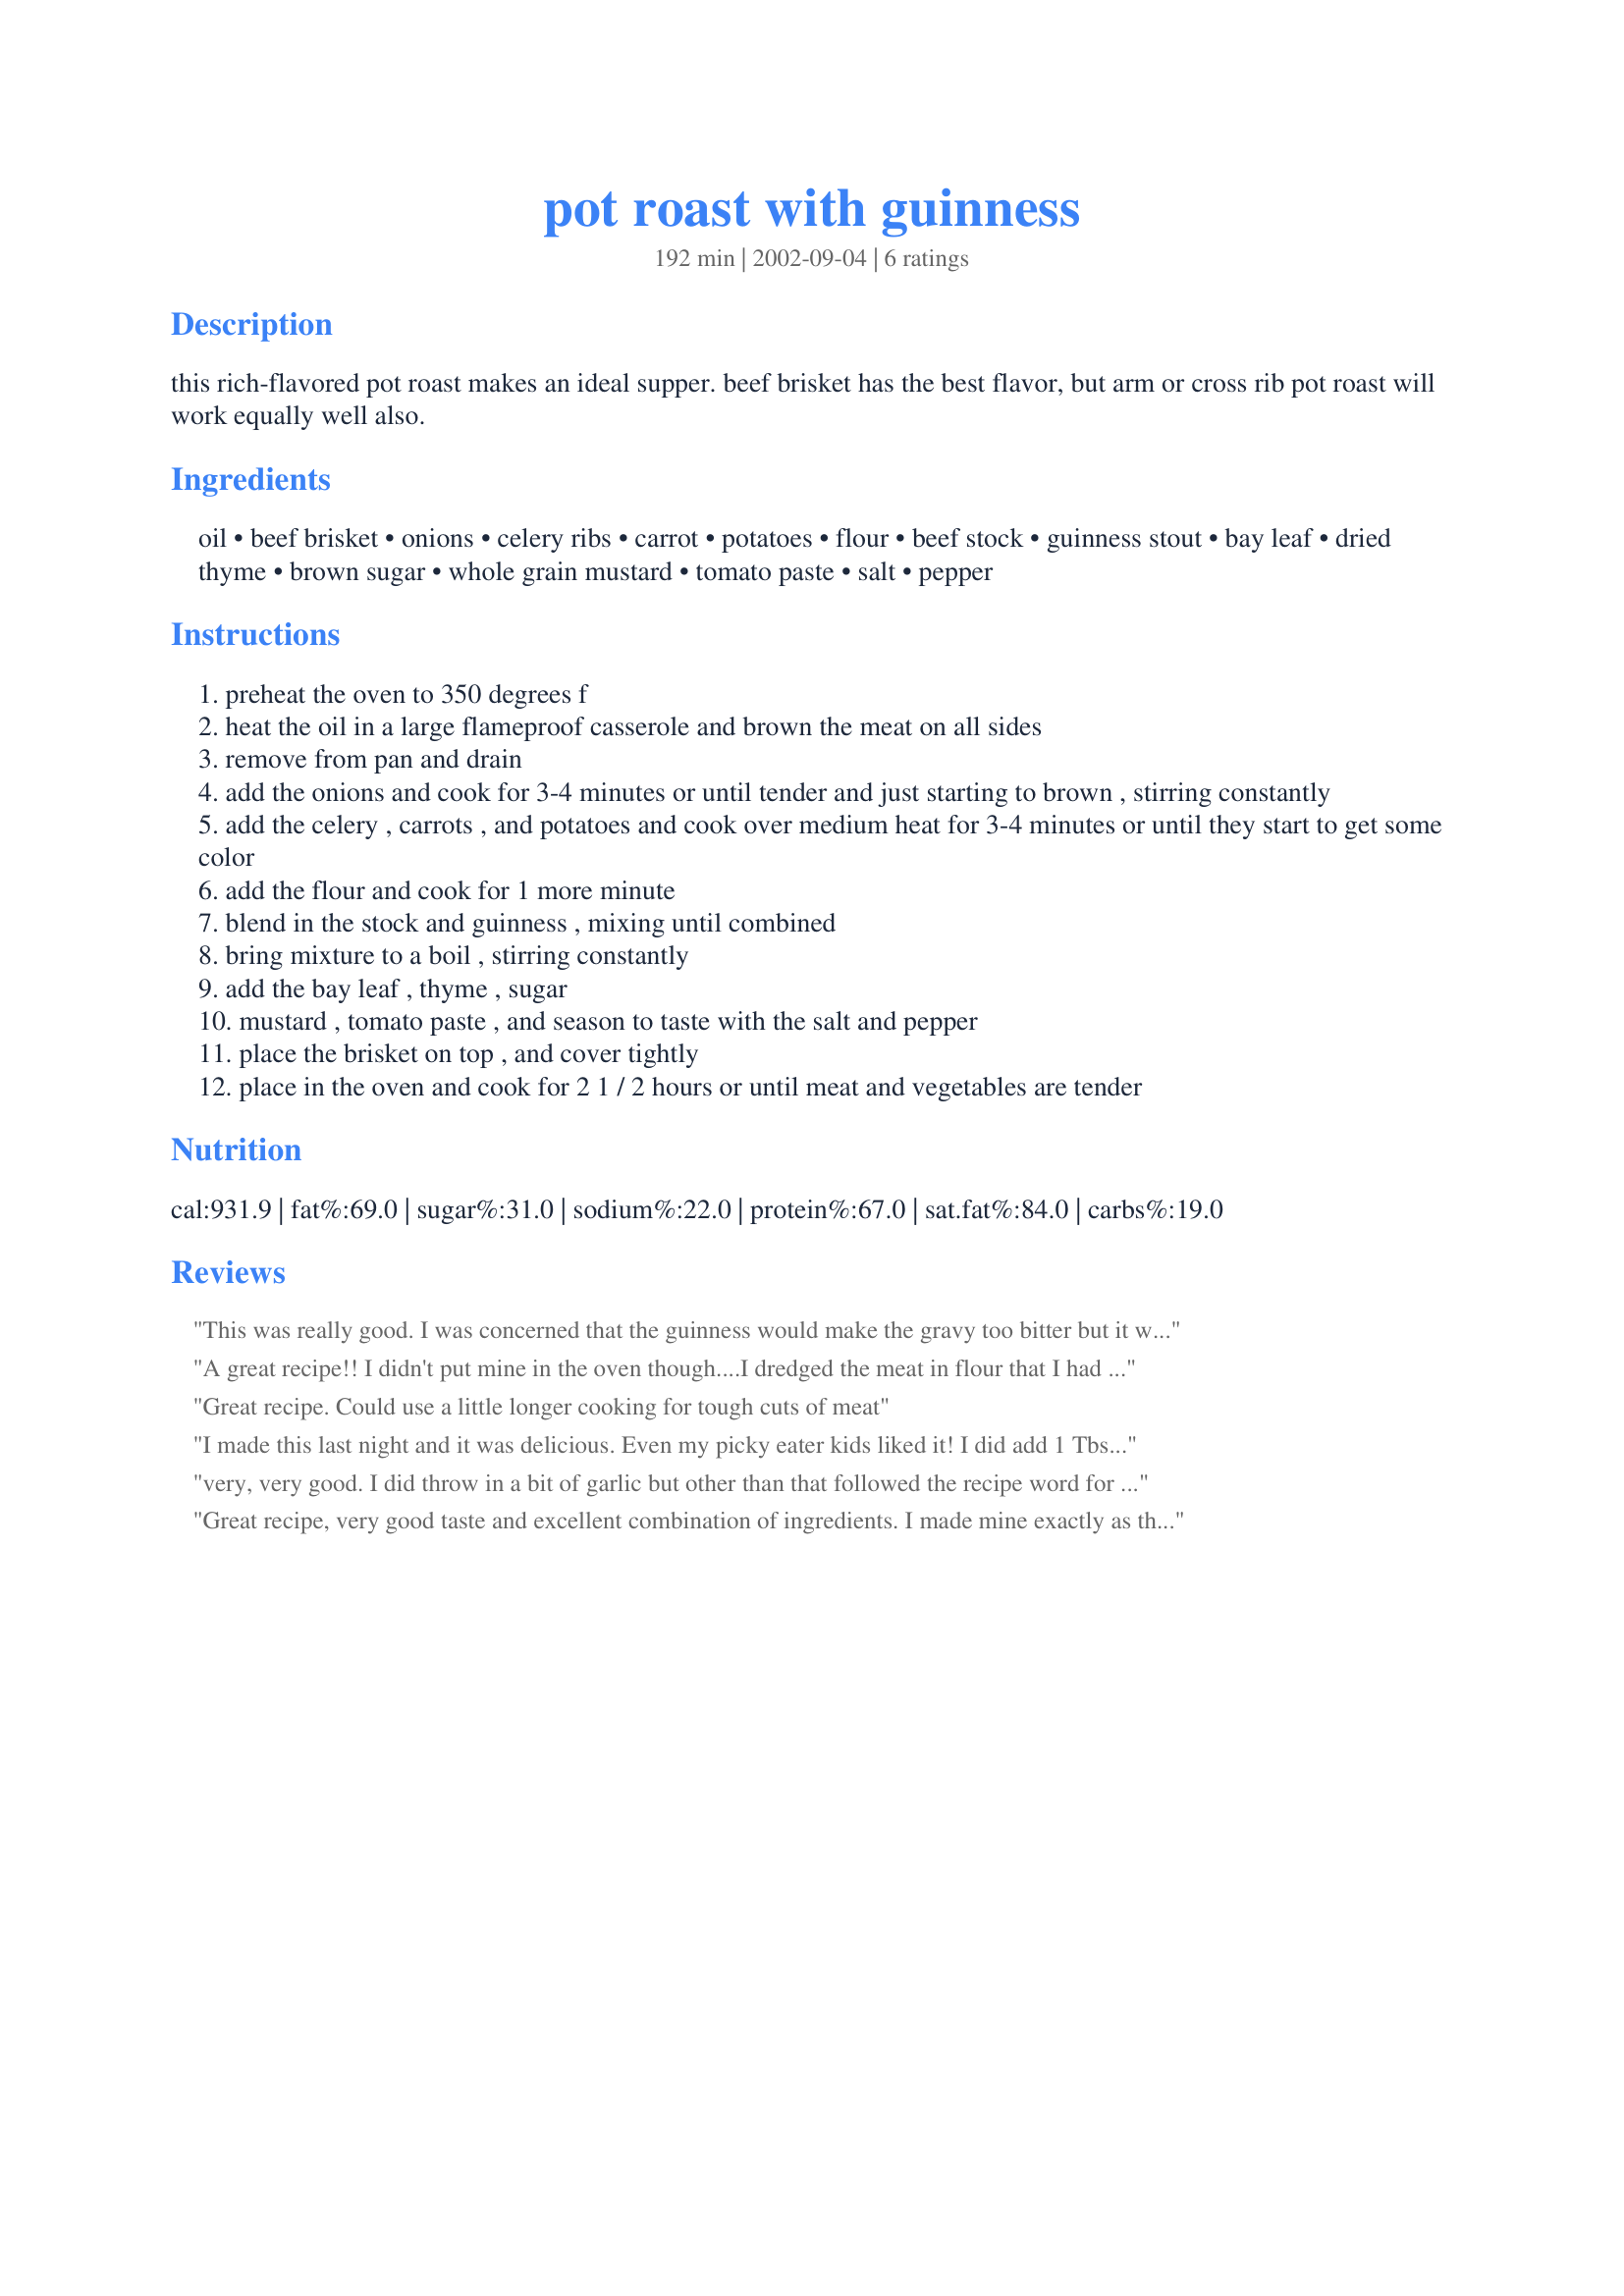
pot roast with guinness
Preparation time: 192 minutes

this rich-flavored pot roast makes an ideal supper. beef brisket has the best flavor, but arm or cross rib pot roast will work equally well also.

Ingredients:
oil, beef brisket, onions, celery ribs, carrot, potatoes, flour, beef stock, guinness stout, bay leaf, dried thyme, brown sugar, whole grain mustard, tomato paste, salt, pepper

Steps:
preheat the oven to 350 degrees f
heat the oil in a large flameproof casserole and brown the meat on all sides
remove from pan and drain
add the onions and cook for 3-4 minutes or until tender and just starting to brown , stirring constantly
add the celery , carrots , and potatoes and cook over medium heat for 3-4 minutes or until they start to get some color
add the flour and cook for 1 more minute
blend in the stock and guinness , mixing until combined
bring mixture to a boil , stirring constantly
add the bay leaf , thyme , sugar
mustard , tomato paste , and season to taste with the salt and pepper
place the brisket on top , and cover tightly
place in the oven and cook for 2 1 / 2 hours or until meat and vegetables are tender

Reviews:
This was really good. I was concerned that the guinness would make the gravy too bitter but it wasn't. This makes lots of rich, flavorful gravy. I will definitely make this again. I used a chuck roast instead of the beef brisket and added another tablespoon of tomato paste and a little more brown sugar (1/2 Tb).
A great recipe!! I didn't put mine in the oven though....I dredged the meat in flour that I had seasoned with salt, pepper and garlic. Browned the roast and added the vegetables about one hour before the roast was done (simmered for 3 hours) Guess thats because I am a Yankee. Also added some balsamic vinegar...do that with all my meats. The meal was enjoyed by all...Thanks Sue for a great recipe!!!
Great recipe. Could use a little longer cooking for tough cuts of meat
I made this last night and it was delicious. Even my picky eater kids liked it! I did add 1 Tbsp. extra tomato paste and 1 tsp. extra brown sugar as one reviewer suggested, and I used a 2.5 lb. chuck roast. I would certainly make this again. The only hinge I might do differently is to peel my celery--I found it to be a little stringy. Other than that, fantastic!
very, very good. I did throw in a bit of garlic but other than that followed the recipe word for word and was rewarded with an incredibly good pot roast (not to mention 5 remaining Guinness to enjoy). Thank you for a great recipe.
Great recipe, very good taste and excellent combination of ingredients. I made mine exactly as the directions state and it was a huge hit witht he whole family. The only problem was there were no left overs to carry for lunch the next day. The gravy was excellent right from the pan and the aroma from the dish while cooking was mouth watering. Will make this a regular for pot roast.
